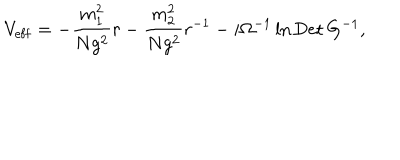
V _ { \mathrm { e f f } } = - \frac { m _ { 1 } ^ { 2 } } { N g ^ { 2 } } r - \frac { m _ { 2 } ^ { 2 } } { N g ^ { 2 } } r ^ { - 1 } - i \Omega ^ { - 1 } \ln \mathrm { D e t } \, G ^ { - 1 } ,